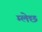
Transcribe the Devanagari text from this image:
म्लेछ